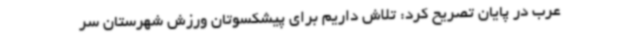
عرب در پایان تصریح کرد: تلاش داریم برای پیشکسوتان ورزش شهرستان سر